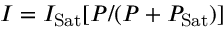
I = I _ { \mathrm { S a t } } [ P / ( P + P _ { \mathrm { S a t } } ) ]